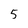
Character: 5